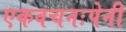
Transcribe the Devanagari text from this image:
एकवचनःपेनी